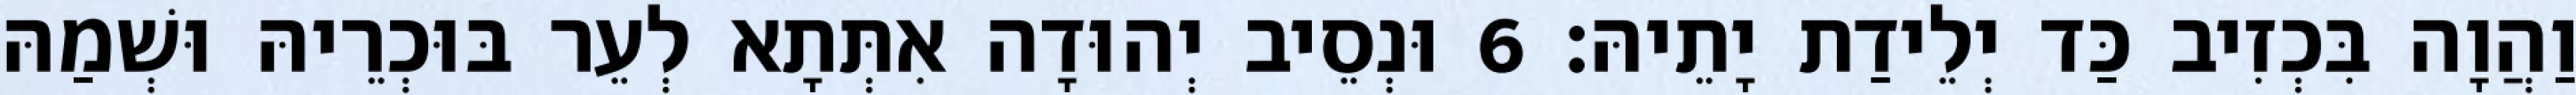
וַהֲוָה בִּכְזִיב כַּד יְלֵידַת יָתֵיהּ׃ 6 וּנְסֵיב יְהוּדָה אִתְּתָא לְעֵר בּוּכְרֵיהּ וּשְׁמַהּ